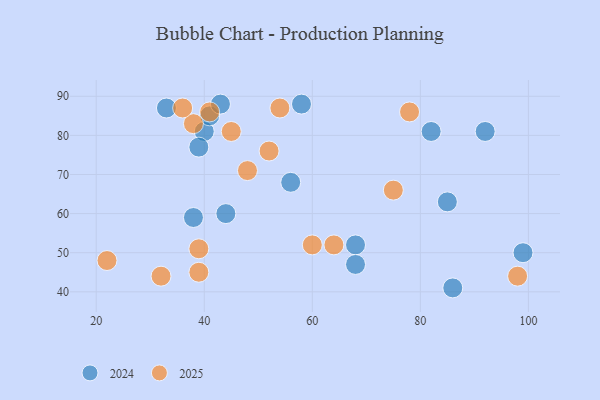
{"axis": {"x": "GDP", "y": "Life Expectancy"}, "legend": ["2024", "2025"], "data": [{"x": "22", "y": 48, "type": "2025"}, {"x": "39", "y": 51, "type": "2025"}, {"x": "38", "y": 83, "type": "2025"}, {"x": "60", "y": 52, "type": "2025"}, {"x": "98", "y": 44, "type": "2025"}, {"x": "48", "y": 71, "type": "2025"}, {"x": "78", "y": 86, "type": "2025"}, {"x": "41", "y": 86, "type": "2025"}, {"x": "32", "y": 44, "type": "2025"}, {"x": "36", "y": 87, "type": "2025"}, {"x": "54", "y": 87, "type": "2025"}, {"x": "64", "y": 52, "type": "2025"}, {"x": "39", "y": 45, "type": "2025"}, {"x": "75", "y": 66, "type": "2025"}, {"x": "52", "y": 76, "type": "2025"}, {"x": "45", "y": 81, "type": "2025"}, {"x": "82", "y": 81, "type": "2024"}, {"x": "99", "y": 50, "type": "2024"}, {"x": "92", "y": 81, "type": "2024"}, {"x": "33", "y": 87, "type": "2024"}, {"x": "40", "y": 81, "type": "2024"}, {"x": "41", "y": 85, "type": "2024"}, {"x": "43", "y": 88, "type": "2024"}, {"x": "85", "y": 63, "type": "2024"}, {"x": "86", "y": 41, "type": "2024"}, {"x": "68", "y": 52, "type": "2024"}, {"x": "39", "y": 77, "type": "2024"}, {"x": "58", "y": 88, "type": "2024"}, {"x": "44", "y": 60, "type": "2024"}, {"x": "56", "y": 68, "type": "2024"}, {"x": "68", "y": 47, "type": "2024"}, {"x": "38", "y": 59, "type": "2024"}]}